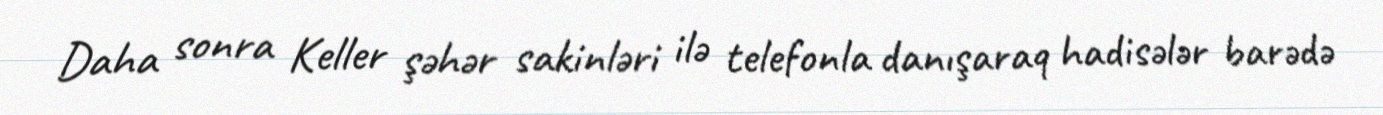
Daha sonra Keller şəhər sakinləri ilə telefonla danışaraq hadisələr barədə